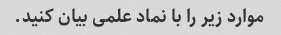
موارد زیر را با نماد علمی بیان کنید.